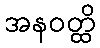
အနဝတ္ထိ